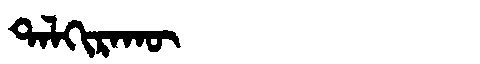
Manchu: ᡨᠠᠯᡴᡳᡵᠠᡴᡡ
Romanization: TALKIRAKŪ